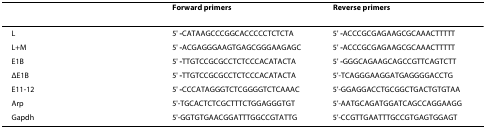
<table><thead><tr><td>[EMPTY_CELL]</td><td><b>Forward primers</b></td><td><b>Reverse primers</b></td></tr></thead><tbody><tr><td>L</td><td>5' <b>-</b>CATAAGCCCGGCACCCCCTCTCTA</td><td>5' <b>-</b>ACCCGCGAGAAGCGCAAACTTTTT</td></tr><tr><td>L+M</td><td>5' <b>-</b>ACGAGGGAAGTGAGCGGGAAGAGC</td><td>5' <b>-</b>ACCCGCGAGAAGCGCAAACTTTTT</td></tr><tr><td>E1B</td><td>5' <b>-</b>TTGTCCGCGCCTCTCCCACATACTA</td><td>5' <b>-</b>GGGCAGAAGCAGCCGTTCAGTCTT</td></tr><tr><td>ΔE1B</td><td>5' <b>-</b>TTGTCCGCGCCTCTCCCACATACTA</td><td>5'-TCAGGGAAGGATGAGGGGACCTG</td></tr><tr><td>E11-12</td><td>5' <b>-</b>CCCATAGGGTCTCGGGGTCTCAAAC</td><td>5'-GGAGGACCTGCGGCTGACTGTGTAA</td></tr><tr><td>Arp</td><td>5'-TGCACTCTCGCTTTCTGGAGGGTGT</td><td>5'-AATGCAGATGGATCAGCCAGGAAGG</td></tr><tr><td>Gapdh</td><td>5'-GGTGTGAACGGATTTGGCCGTATTG</td><td>5'-CCGTTGAATTTGCCGTGAGTGGAGT</td></tr></tbody></table>